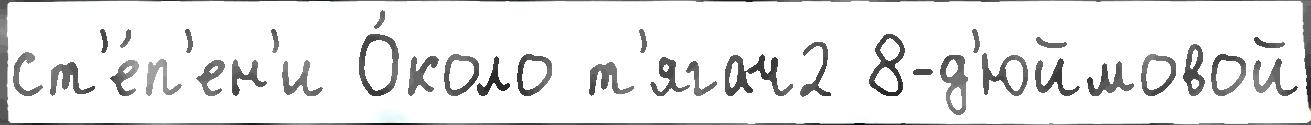
ст'е́п'ен'и О́коло т'ягач2 8-д'юймовой